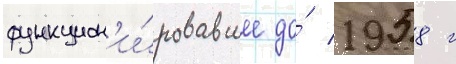
функцион'и́ровавшее до́ 1958 г